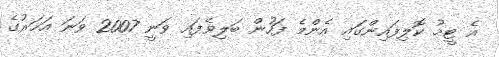
އެ ޓީމު ކޮލިފައިންގައި އެންމެ ފަހުން ބަލިވެފައި ވަނީ 2007 ވަނަ އަހަރުގެ